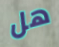
هل